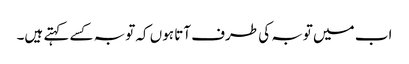
اب میں توبہ کی طرف آتا ہوں کہ توبہ کسے کہتے ہیں۔